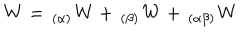
LaTeX: \mathbf { W } = \, _ { ( \alpha ) } \mathbf { W } + \, _ { ( \beta ) } \mathbf { W } + \, _ { ( \alpha \beta ) } \mathbf { W }